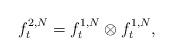
LaTeX: \begin{align*}\label[Ieq]{eq:closuref2}f^{2,N}_t=f^{1,N}_t\otimes f^{1,N}_t,\end{align*}